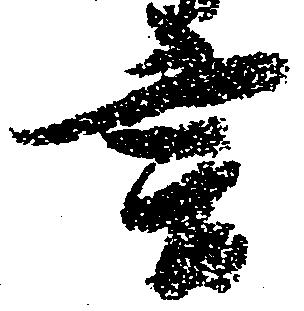
言